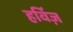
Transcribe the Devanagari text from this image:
हर्विज़